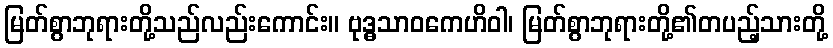
မြတ်စွာဘုရားတို့သည်လည်းကောင်း။ ဗုဒ္ဓသာဝကေဟိဝါ၊ မြတ်စွာဘုရားတို့၏တပည့်သားတို့